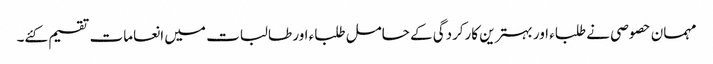
مہمان حصوصی نے طلباء اور بہترین کارکردگی کے حامل طلباء اور طالبات میں انعامات تقسیم کئے۔